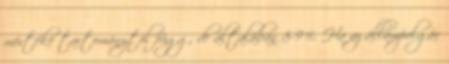
mértéke tartománytól függ, de általában 8-9%. Ha az állampolgár